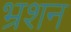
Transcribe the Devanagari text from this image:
भ्रशन